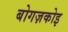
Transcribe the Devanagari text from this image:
बोगज़कोइ